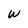
Character: w